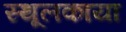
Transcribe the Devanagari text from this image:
स्थूलकाया